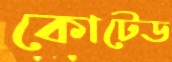
কোটেড